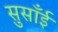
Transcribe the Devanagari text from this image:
सुसाँई